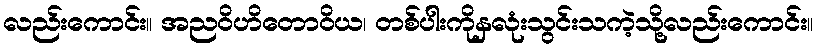
လည်းကောင်း။ အညဝိဟိတောဝိယ၊ တစ်ပါးကိုနှလုံးသွင်းသကဲ့သို့လည်းကောင်း။